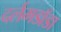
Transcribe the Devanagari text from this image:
दर्लमडाँडा